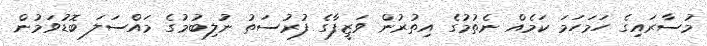
މުސާރައިގެ ހަމަހަމަ ކަމެއް ނެތުމުގެ އިތުރުން ވަޒީފާގެ ފުރުސަތު ނުލިބުމުގެ މައްސަލަ ބޮޑުވަމުން